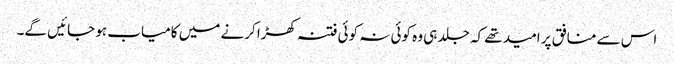
اس سے منافق پر امید تھے کہ جلد ہی وہ کوئی نہ کوئی فتنہ کھڑا کرنے میں کامیاب ہو جائیں گے۔